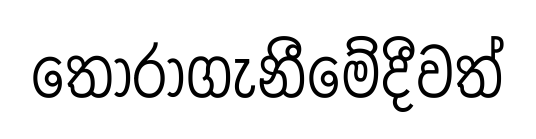
තෝරාගැනීමේදීවත්